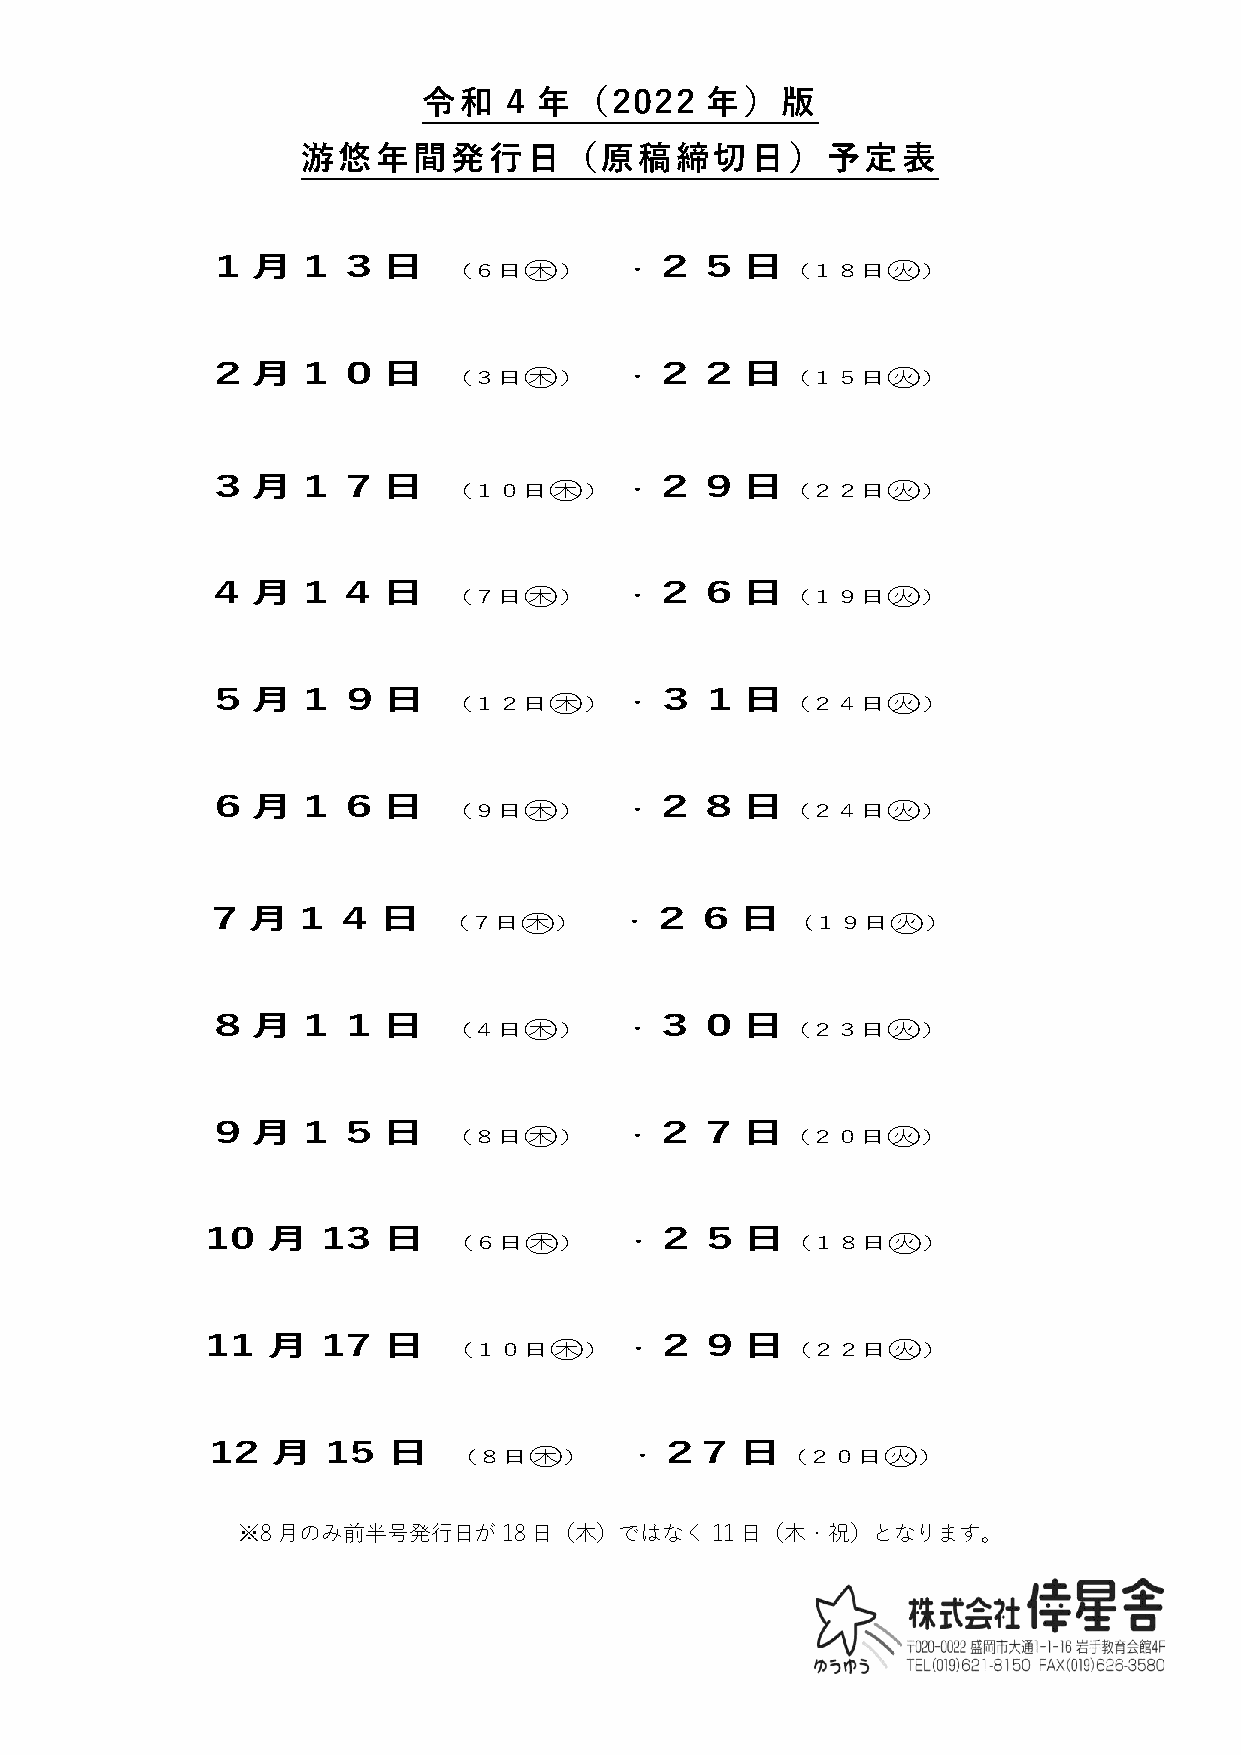
令和    4 年（2022     年）版
 游悠年間発行日（原稿締切日）予定表
 １月１３日                        ２５日
 （６日○木  ）   ・          （１８日○火   ）
 ２月１０日                        ２２日
 （３日○木  ）   ・          （１５日○火   ）
 ３月１７日                        ２９日
 （１０日○木   ） ・          （２２日○火   ）
 ４月１４日                        ２６日
 （７日○木  ）   ・          （１９日○火   ）
 ５月１９日                        ３１日
 （１２日○木   ） ・          （２４日○火   ）
 ６月１６日                        ２８日
 （９日○木  ）   ・          （２４日○火   ）
 ７月１４日                         ２６日
 （７日○木   ）   ・           (１９日○火  ）
 ８月１１日                        ３０日
 （４日○木  ）   ・          （２３日○火   ）
 ９月１５日                        ２７日
 （８日○木  ）   ・          （２０日○火   ）
 10  月  13  日                 ２５日
 （６日○木  ）   ・          （１８日○火   ）
 11  月  17  日                 ２９日
 （１０日○木   ） ・          （２２日○火   ）
 12  月   15  日                 ２7   日
 （８日○木  ）   ・          （２０日○火   ）
 ※8月のみ前半号発行日が18日（木）ではなく11日（木・祝）となります。